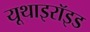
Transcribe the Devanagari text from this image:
यूथाइरॉइड